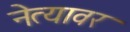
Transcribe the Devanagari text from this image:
नेत्यावर